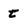
Character: t